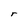
Character: r